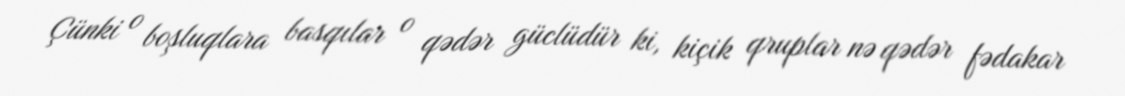
Çünki o boşluqlara basqılar o qədər güclüdür ki, kiçik qruplar nə qədər fədakar